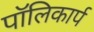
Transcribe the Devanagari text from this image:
पॉलिकार्प